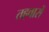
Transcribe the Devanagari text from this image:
तहवारों